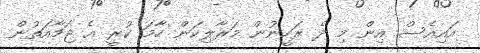
އައިއެސް އިން މި ދެ ރަހީނުން މަރާލިކަން ހާމަ ކުރީ އެ ޖަމާއަތުން